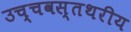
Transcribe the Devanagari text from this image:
उच्चवस्तथरीय